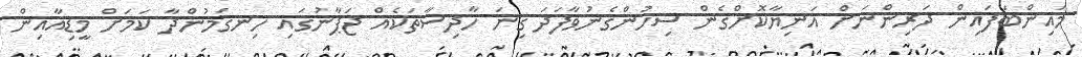
މައިންބަފައިން ދަރިންނަށް އަނިޔާކޮށްގެން ސިހުންގެނުވާފަދަ ގިނަ ހާދިސާތަކެއް ޖަޕާނުގައި ހިނގަމުންދާ ކަމަށް މީޑިއާއިން